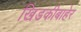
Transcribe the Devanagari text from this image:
खिडकीबाहेर